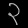
Digit: ၃